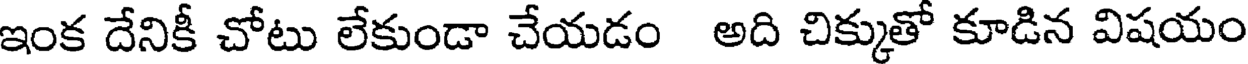
ఇంక దేనికీ చోటు లేకుండా చేయడం అది చిక్కుతో కూడిన విషయం